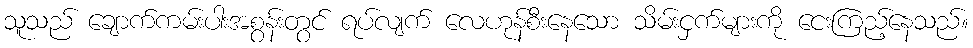
သူသည် ချောက်ကမ်းပါးအစွန်းတွင် ရပ်လျက် လေဟုန်စီးနေသော သိမ်းငှက်များကို ငေးကြည့်နေသည်။